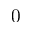
0